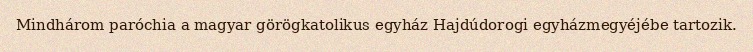
Mindhárom paróchia a magyar görögkatolikus egyház Hajdúdorogi egyházmegyéjébe tartozik.